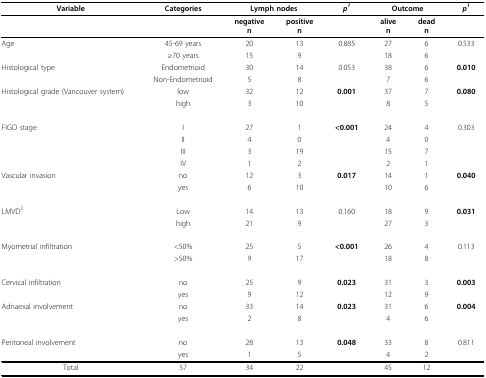
| Variable | Categories | <COLSPAN=2> Lymph nodes | p1 | <COLSPAN=2> Outcome | p1 |
 | --- | --- | --- | --- | --- | --- | --- | --- |
 |  |  | negativen | positiven |  | aliven | deadn |  |
 | Age | 45-69 years | 20 | 13 | 0.885 | 27 | 6 | 0.533 |
 |  | ≥70 years | 15 | 9 |  | 18 | 6 |  |
 | Histological type | Endometrioid | 30 | 14 | 0.053 | 38 | 6 | 0.010 |
 |  | Non-Endometrioid | 5 | 8 |  | 7 | 6 |  |
 | Histological grade (Vancouver system) | low | 32 | 12 | 0.001 | 37 | 7 | 0.080 |
 |  | high | 3 | 10 |  | 8 | 5 |  |
 | FIGO stage | I | 27 | 1 | < 0.001 | 24 | 4 | 0.303 |
 |  | II | 4 | 0 |  | 4 | 0 |  |
 |  | III | 3 | 19 |  | 15 | 7 |  |
 |  | IV | 1 | 2 |  | 2 | 1 |  |
 | Vascular invasion | no | 12 | 3 | 0.017 | 14 | 1 | 0.040 |
 |  | yes | 6 | 10 |  | 10 | 6 |  |
 | LMVD2 | Low | 14 | 13 | 0.160 | 18 | 9 | 0.031 |
 |  | high | 21 | 9 |  | 27 | 3 |  |
 | Myometrial infiltration | < 50% | 25 | 5 | < 0.001 | 26 | 4 | 0.113 |
 |  | > 50% | 9 | 17 |  | 18 | 8 |  |
 | Cervical infiltration | no | 25 | 9 | 0.023 | 31 | 3 | 0.003 |
 |  | yes | 9 | 12 |  | 12 | 9 |  |
 | Adnaexal involvement | no | 33 | 14 | 0.023 | 31 | 6 | 0.004 |
 |  | yes | 2 | 8 |  | 4 | 6 |  |
 | Peritoneal involvement | no | 28 | 13 | 0.048 | 33 | 8 | 0.811 |
 |  | yes | 1 | 5 |  | 4 | 2 |  |
 | Total | 57 | 34 | 22 |  | 45 | 12 |  |